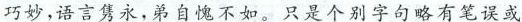
巧妙，语言隽永，弟自愧不如。只是个别字句略有笔误或